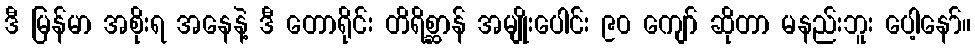
ဒီ မြန်မာ အစိုးရ အနေနဲ့ ဒီ တောရိုင်း တိရိစ္ဆာန် အမျိုးပေါင်း ၉၀ ကျော် ဆိုတာ မနည်းဘူး ပေါ့နော်။